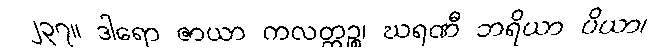
၂၃၇။ ဒါရော ဇာယာ ကလတ္တဉ္စ၊ ဃရဏီ ဘရိယာ ပိယာ၊